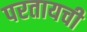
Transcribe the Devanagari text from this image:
परतायची